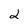
Character: 2